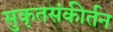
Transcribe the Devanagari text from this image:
सुकृतसंकीर्तन